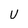
Character: U